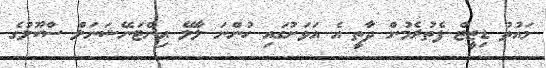
މައުތު ޑިޒީޒް ފެތުރެމުން ދާތީ އެ އަވަށުގައި ހުންނަ ލާލޭ އިންޓަނޭޝަނަލް ސްކޫލުގެ